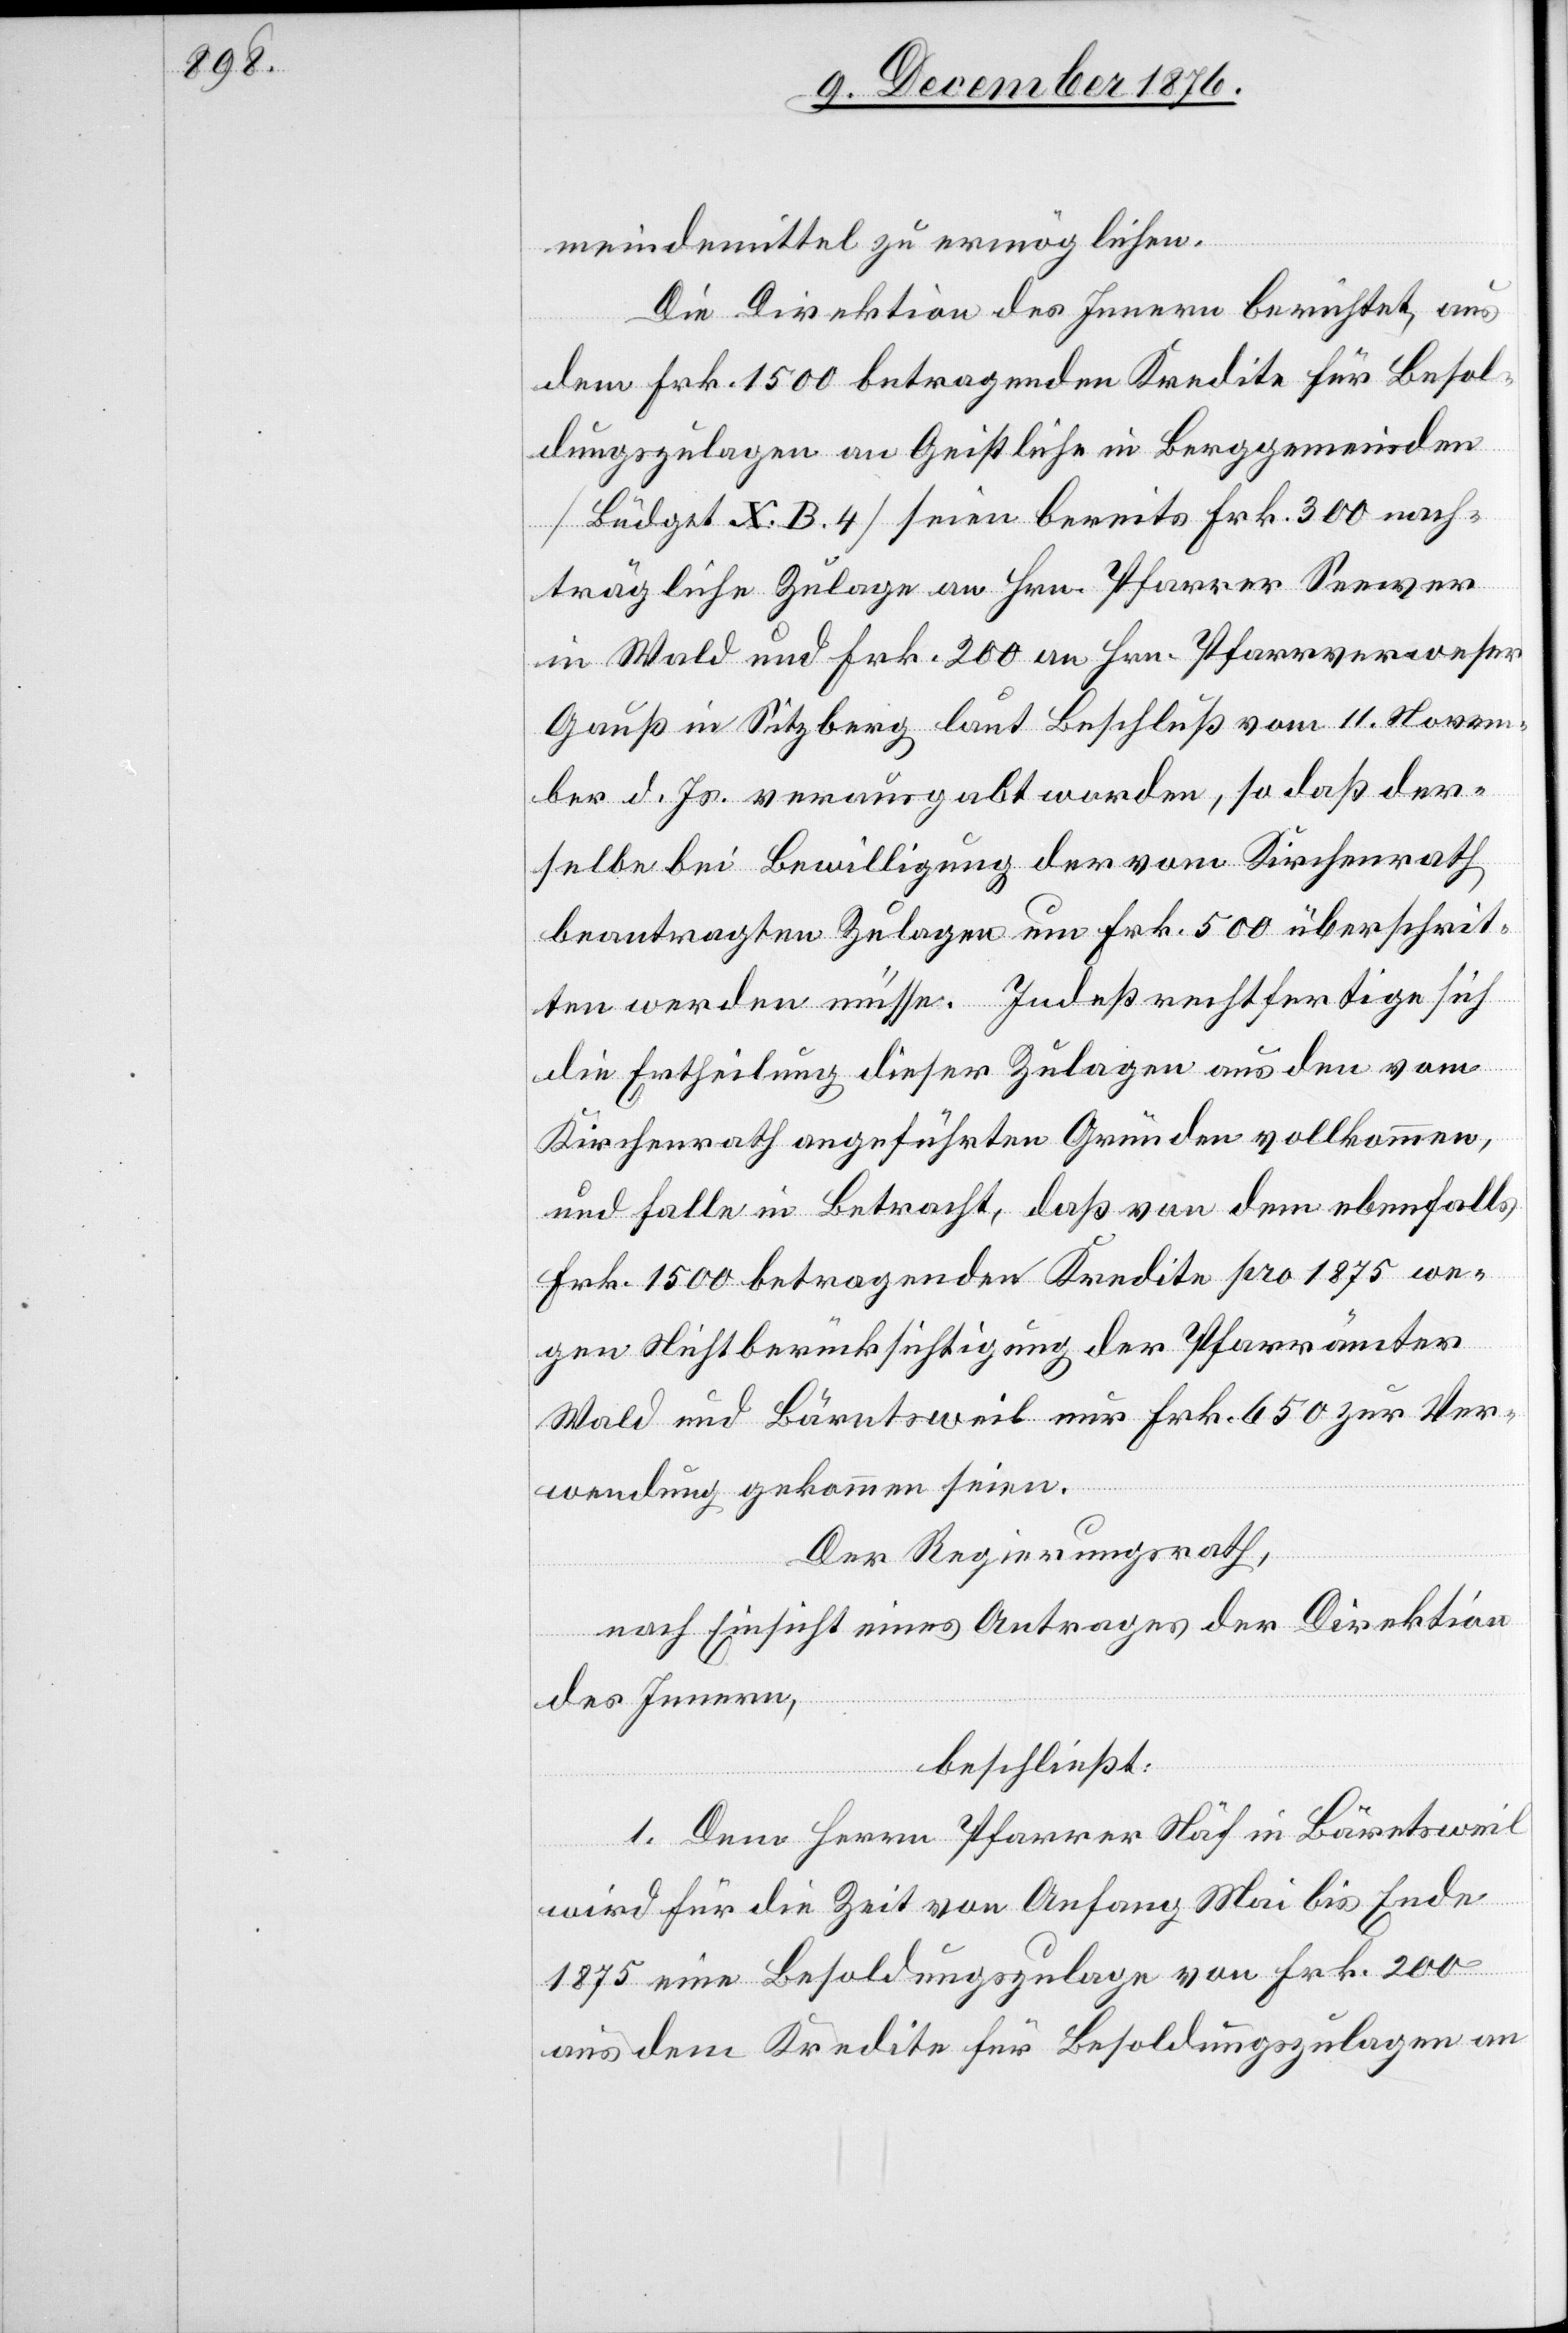
meindemittel zu ermöglichen.
Die Direktion des Innern berichtet, aus
dem Frk. 1500 betragenden Kredite für Besol¬
dungszulagen an Geistliche in Berggemeinden
[Büdget X. B. 4] seien bereits Frk. 300 nach¬
trägliche Zulage an Hrn. Pfarrer Seewer
in Wald und Frk. 200 an Hrn. Pfarrverweser
Gauß in Sitzberg laut Beschluß vom 11. Novem¬
ber d. Js. verausgabt worden, so daß der¬
selbe bei Bewilligung der von Kirchenrath
beantragten Zulagen um Frk. 500 überschrit¬
ten werden müsse. Indeß rechtfertige sich
die Ertheilung dieser Zulagen aus den vom
Kirchenrath angeführten Gründen vollkommen,
und falle in Betracht, daß von dem ebenfalls
Frk. 1500 betragenden Kredite pro 1875 we¬
gen Nichtberücksichtigung der Pfarrämter
Wald und Bäretsweil nur Frk. 650 zur Ver¬
wendung gekommen seien.
Der Regierungsrath,
nach Einsicht eines Antrages der Direktion
des Innern,
beschließt:
1. Dem Herrn Pfarrer Näf in Bäretsweil
wird für die Zeit von Anfang Mai bis Ende
1875 eine Besoldungszulage von Frk. 200
aus dem Kredite für Besoldungszulagen an